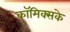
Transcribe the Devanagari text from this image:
कॉमिक्सके